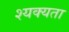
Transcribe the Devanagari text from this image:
श्यक्यता